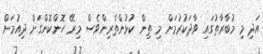
އަދި މި މުބާރާތުގައި ވާދަކުރުމަށް މި ތިން ކުޅުންތެރިންވެސް މިރޭ ހޮންކޮންގަށް ދިއުމަށް